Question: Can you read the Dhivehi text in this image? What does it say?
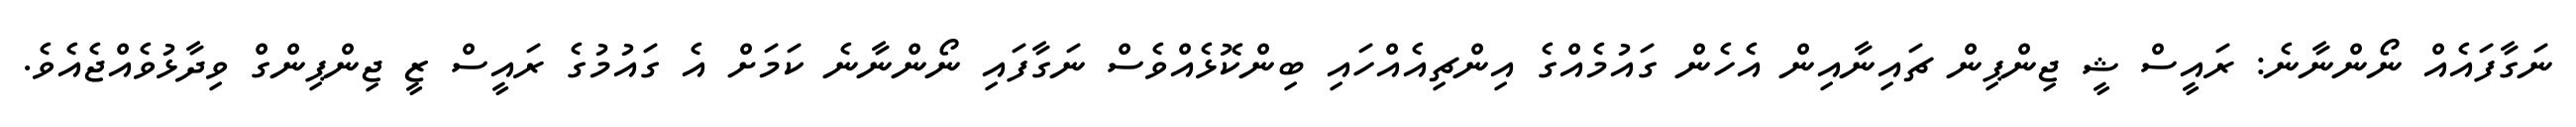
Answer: ނަގާފައެއް ނޯންނާނެ: ރައީސް ޝީ ޖިންޕިން ޗައިނާއިން އެހެން ގައުމެއްގެ އިންޗިއެއްހައި ބިންކޮޅެއްވެސް ނަގާފައި ނޯންނާނެ ކަމަށް އެ ގައުމުގެ ރައީސް ޒީ ޖިންޕިންގް ވިދާޅުވެއްޖެއެވެ.